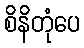
စိနိတုံပေ